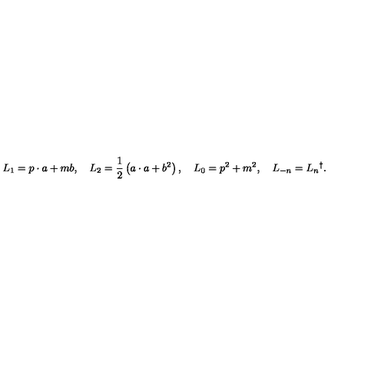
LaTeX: L _ { 1 } = p \cdot a + m b , \quad L _ { 2 } = \frac 1 2 \left( a \cdot a + b ^ { 2 } \right) , \quad L _ { 0 } = p ^ { 2 } + m ^ { 2 } , \quad L _ { - n } = L _ { n } { } ^ { \dag } .